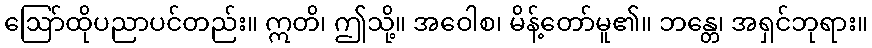
ဩော်ထိုပညာပင်တည်း။ ဣတိ၊ ဤသို့။ အဝေါစ၊ မိန့်တော်မူ၏။ ဘန္တေ၊ အရှင်ဘုရား။